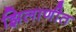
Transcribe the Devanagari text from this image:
झिलाणीत